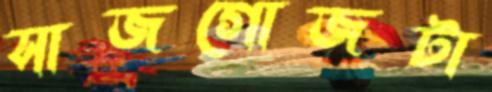
সাজগোজটা